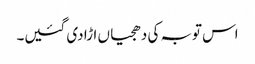
اس توبہ کی دھجیاں اڑا دی گئیں۔